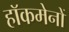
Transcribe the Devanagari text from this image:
हाॅकमेनों